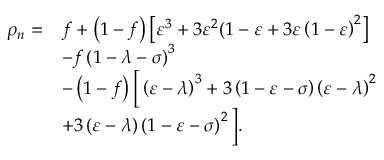
\begin{array} { r l } { \rho _ { n } = } & { f + \left( 1 - f \right) \left[ \varepsilon ^ { 3 } + 3 \varepsilon ^ { 2 } ( 1 - \varepsilon + 3 \varepsilon \left( 1 - \varepsilon \right) ^ { 2 } \right] } \\ & { - f \left( 1 - \lambda - \sigma \right) ^ { 3 } } \\ & { - \left( 1 - f \right) \Big [ \left( \varepsilon - \lambda \right) ^ { 3 } + 3 \left( 1 - \varepsilon - \sigma \right) \left( \varepsilon - \lambda \right) ^ { 2 } } \\ & { + 3 \left( \varepsilon - \lambda \right) \left( 1 - \varepsilon - \sigma \right) ^ { 2 } \Big ] . } \end{array}